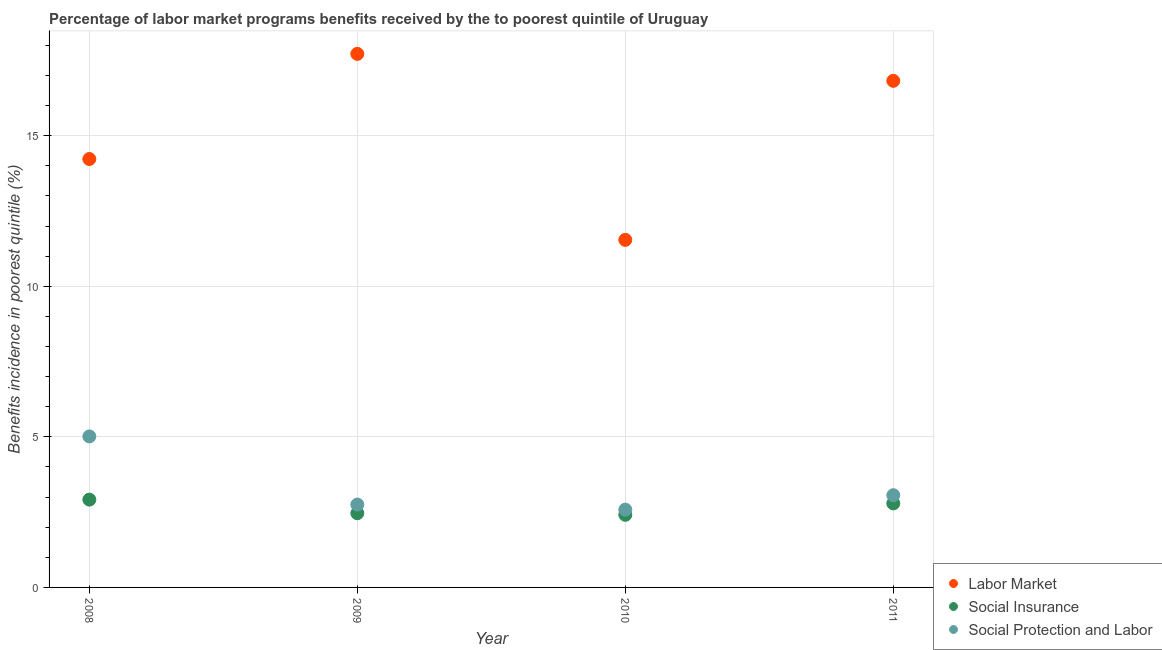
| Year | Labor Market | Social Insurance | Social Protection and Labor |
 | --- | --- | --- | --- |
 | 2008 | 14.2 | 2.92 | 5.02 |
 | 2009 | 17.7 | 2.46 | 2.75 |
 | 2010 | 11.5 | 2.41 | 2.58 |
 | 2011 | 16.8 | 2.79 | 3.06 |